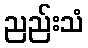
ညည်းသံ